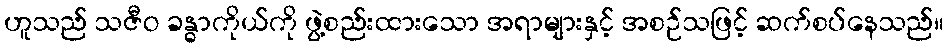
ဟူသည် သဇီဝ ခန္ဓာကိုယ်ကို ဖွဲ့စည်းထားသော အရာများနှင့် အစဉ်သဖြင့် ဆက်စပ်နေသည်။